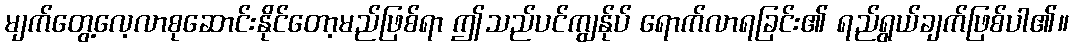
မျက်တွေ့လေ့လာစုဆောင်းနိုင်တော့မည်ဖြစ်ရာ ဤသည်ပင်ကျွန်ုပ် ရောက်လာရခြင်း၏ ရည်ရွယ်ချက်ဖြစ်ပါ၏။